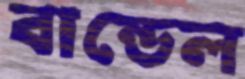
বান্ডেল